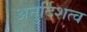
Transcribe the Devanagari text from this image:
अनुर्दिशत्व